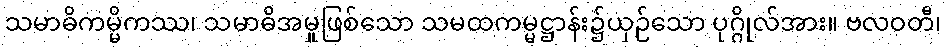
သမာဓိကမ္မိကဿ၊ သမာဓိအမှုဖြစ်သော သမထကမ္မဋ္ဌာန်း၌ယှဉ်သော ပုဂ္ဂိုလ်အား။ ဗလဝတီ၊